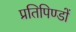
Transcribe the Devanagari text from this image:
प्रतिपिण्डों